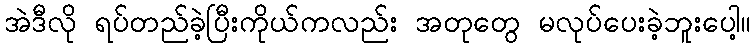
အဲဒီလို ရပ်တည်ခဲ့ပြီးကိုယ်ကလည်း အတုတွေ မလုပ်ပေးခဲ့ဘူးပေါ့။